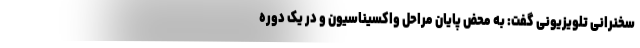
سخنرانی تلویزیونی گفت: به محض پایان مراحل واکسیناسیون و در یک دوره